Trukikaitis_Postimees, lk 35
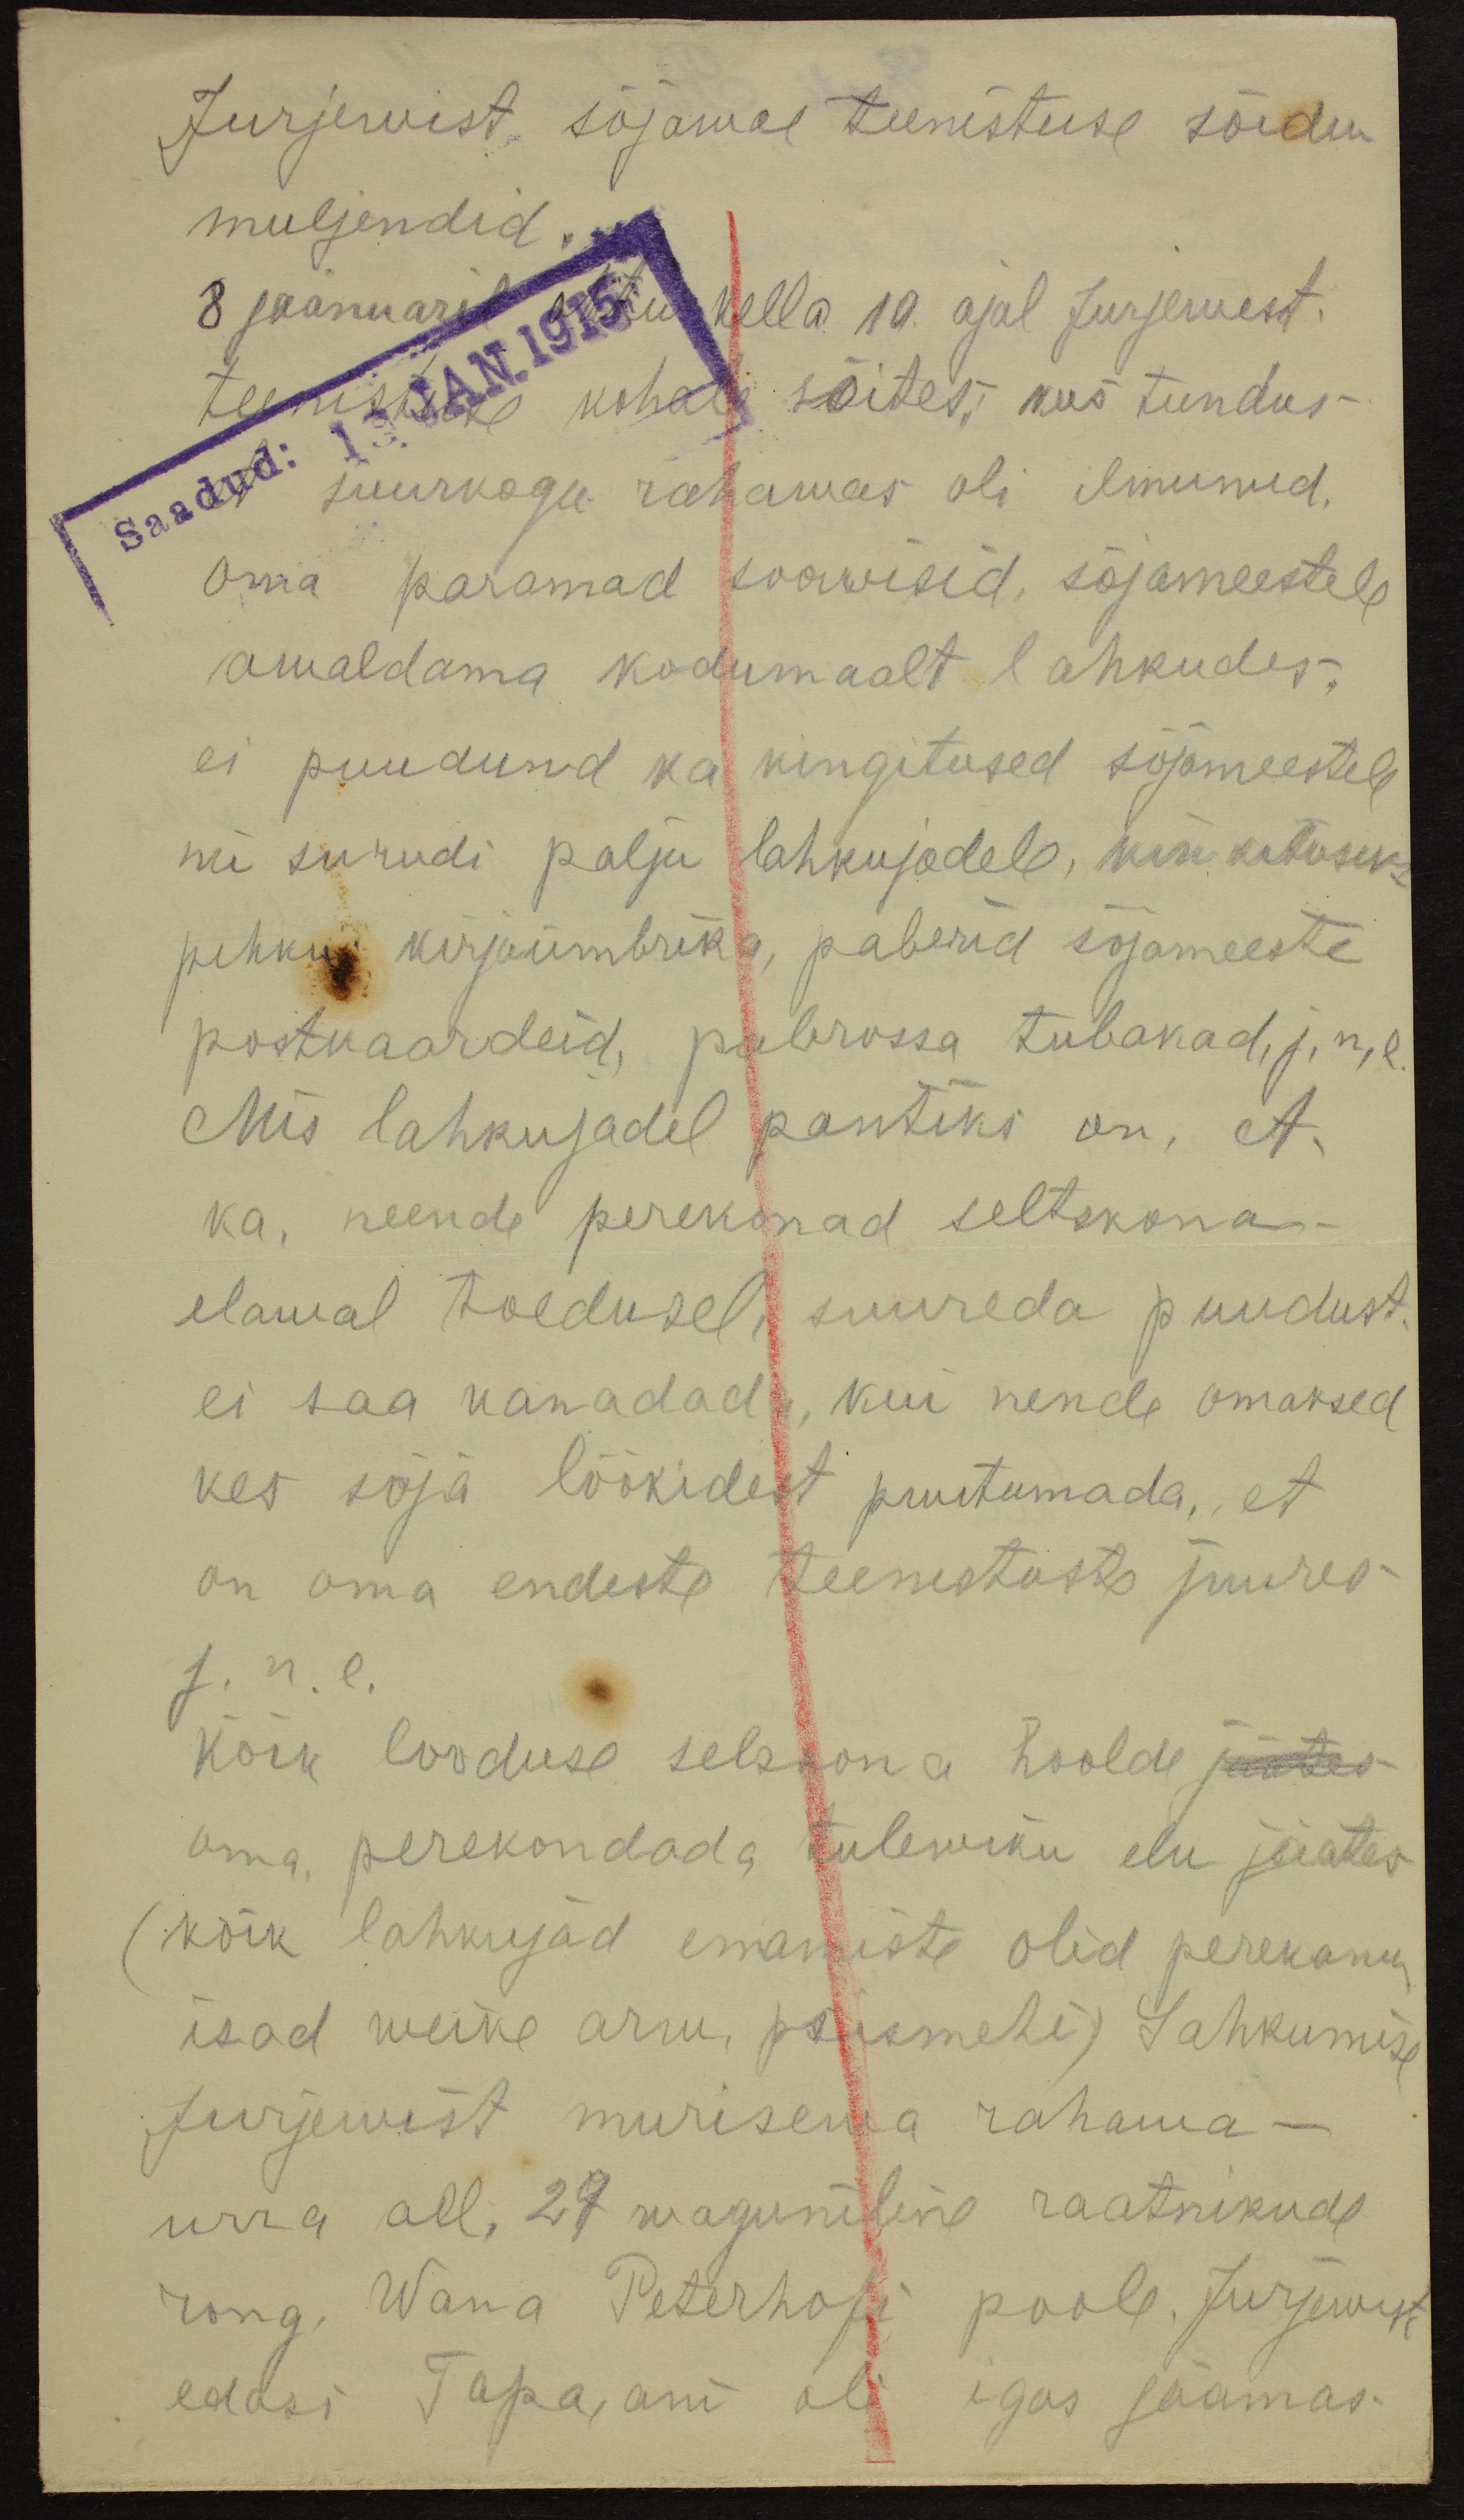
Jurjewist, sõjawae teenistuse sõidu
muljendid
8 jaanuaril ohtu kella 10. ajal Jurjewest,
saadud: 13. JAN 1915
teenistusse kohal sõites; kus tundus
suurkogu rahawas oli ilmunud.
oma paramad soowisid, sõjameestele
awaldama kodumaalt lahkudes.
ei puudund ka kingitused sõjameestele
mi surudi palju lahkujadele, kiri kituseks
pihku kirjaümbrika, paberid sõjameeste
postkaardeid, paberossa tubakad, j.n.e.
Mis lahkujadel pantiks on, et
ka, neende perekonad seltskona-
elawal toedusel, suureda puudust
ei saa kanadada, kui nende omaksed
kes sõja löökidest puutumada, et
on oma endeste teenistuste juures
j.n.e.
kõik looduse selskona hoolde jäätes
oma perekondada tulewiku elu jäätes
(kõik lahkujad enamiste olid perekonna
isad weike arw, poismehi) Lahkumise
Jurjewist murisewa rahawa-
urra all, 27 waguniline raatnikude
rong, Wana Peterhofi poole. Jurjewist
edasi Tapa, ani oli igas jaamas.